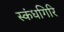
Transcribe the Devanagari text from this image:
स्‍कंधगिरि